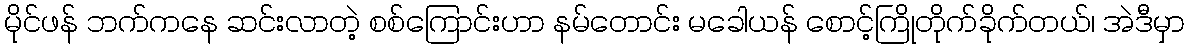
မိုင်ဖန် ဘက်ကနေ ဆင်းလာတဲ့ စစ်ကြောင်းဟာ နမ်တောင်း မခေါယန် စောင့်ကြိုတိုက်ခိုက်တယ်၊ အဲဒီမှာ